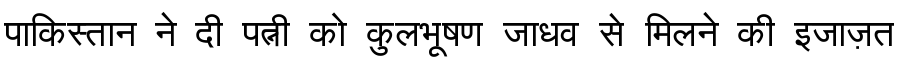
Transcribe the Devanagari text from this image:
पाकिस्तान ने दी पत्नी को कुलभूषण जाधव से मिलने की इजाज़त